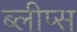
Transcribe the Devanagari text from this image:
ब्लीप्स